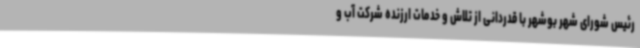
رئیس شورای شهر بوشهر با قدردانی از تلاش و خدمات ارزنده شرکت آب و